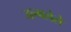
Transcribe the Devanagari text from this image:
जल्मलेले